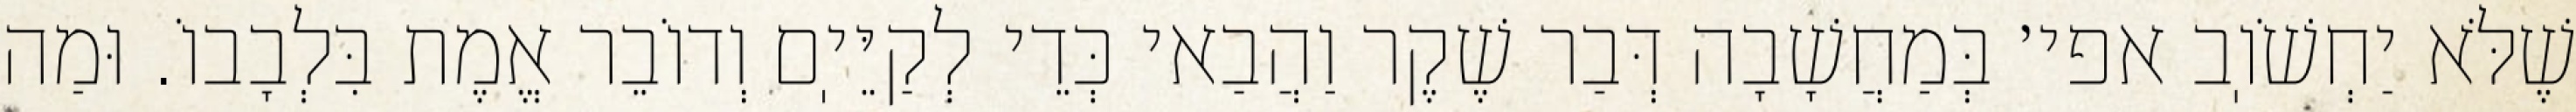
שֶׁלֹּא יַחְשֹׁוֽב אפי׳ בְּמַחֲשָׁבָה דְּבַר שֶׁקֶר וַהֲבַאי כְּדֵי לְקַיֵּיֽם וְדוֹבֵר אֱמֶת בִּלְבָבוֹ. וּמַה